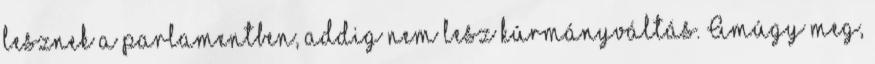
lesznek a parlamentben, addig nem lesz kúrmányváltás. Amúgy meg,